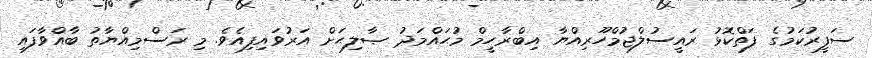
ސަފީރުކަމުގެ ފަތްކޮޅު ރައީސުލްޖުމްހޫރިއްޔާ އިބްރާހީމް މުޙައްމަދު ޞާލިޙަށް އަރުވައިފިއެވެ. މި ރަސްމިއްޔާތު ބާއްވާފައި